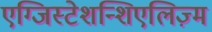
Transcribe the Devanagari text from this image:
एग्जिस्टेशन्शिएलिज़्म